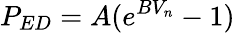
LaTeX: P_{ED}=A(e^{BV_{n}}-1)